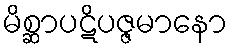
မိစ္ဆာပဋိပဇ္ဇမာနော